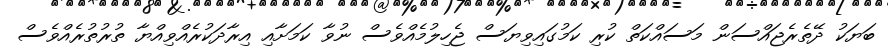
ބަޔަކު ދޭތެރެޖައްސަން މަސައްކަތް ކުރި ކަމުގައިވިޔަސް ޖެހިލުމެއްވެސް ނުވާ ކަމަށާއި އިރާދަކުރެއްވިއްޔާ ތުރުތުރެއްވެސް